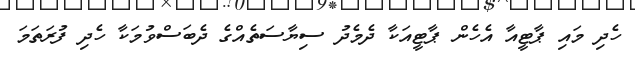
ހެދި މައި ޕާޓީއާ އެހެން ޕާޓީއަކާ ދެމެދު ސިޔާސަތެއްގެ ދެބަސްވުމަކާ ހެދި ފުރަތަމަ